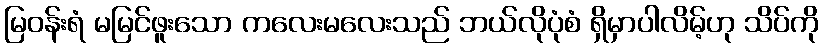
မြဝန်းရံ မမြင်ဖူးသော ကလေးမလေးသည် ဘယ်လိုပုံစံ ရှိမှာပါလိမ့်ဟု သိပ်ကို